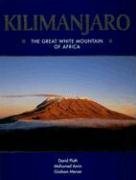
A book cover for Kilimanjaro: The Great White Mountain of Africa; David Pluth; Travel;